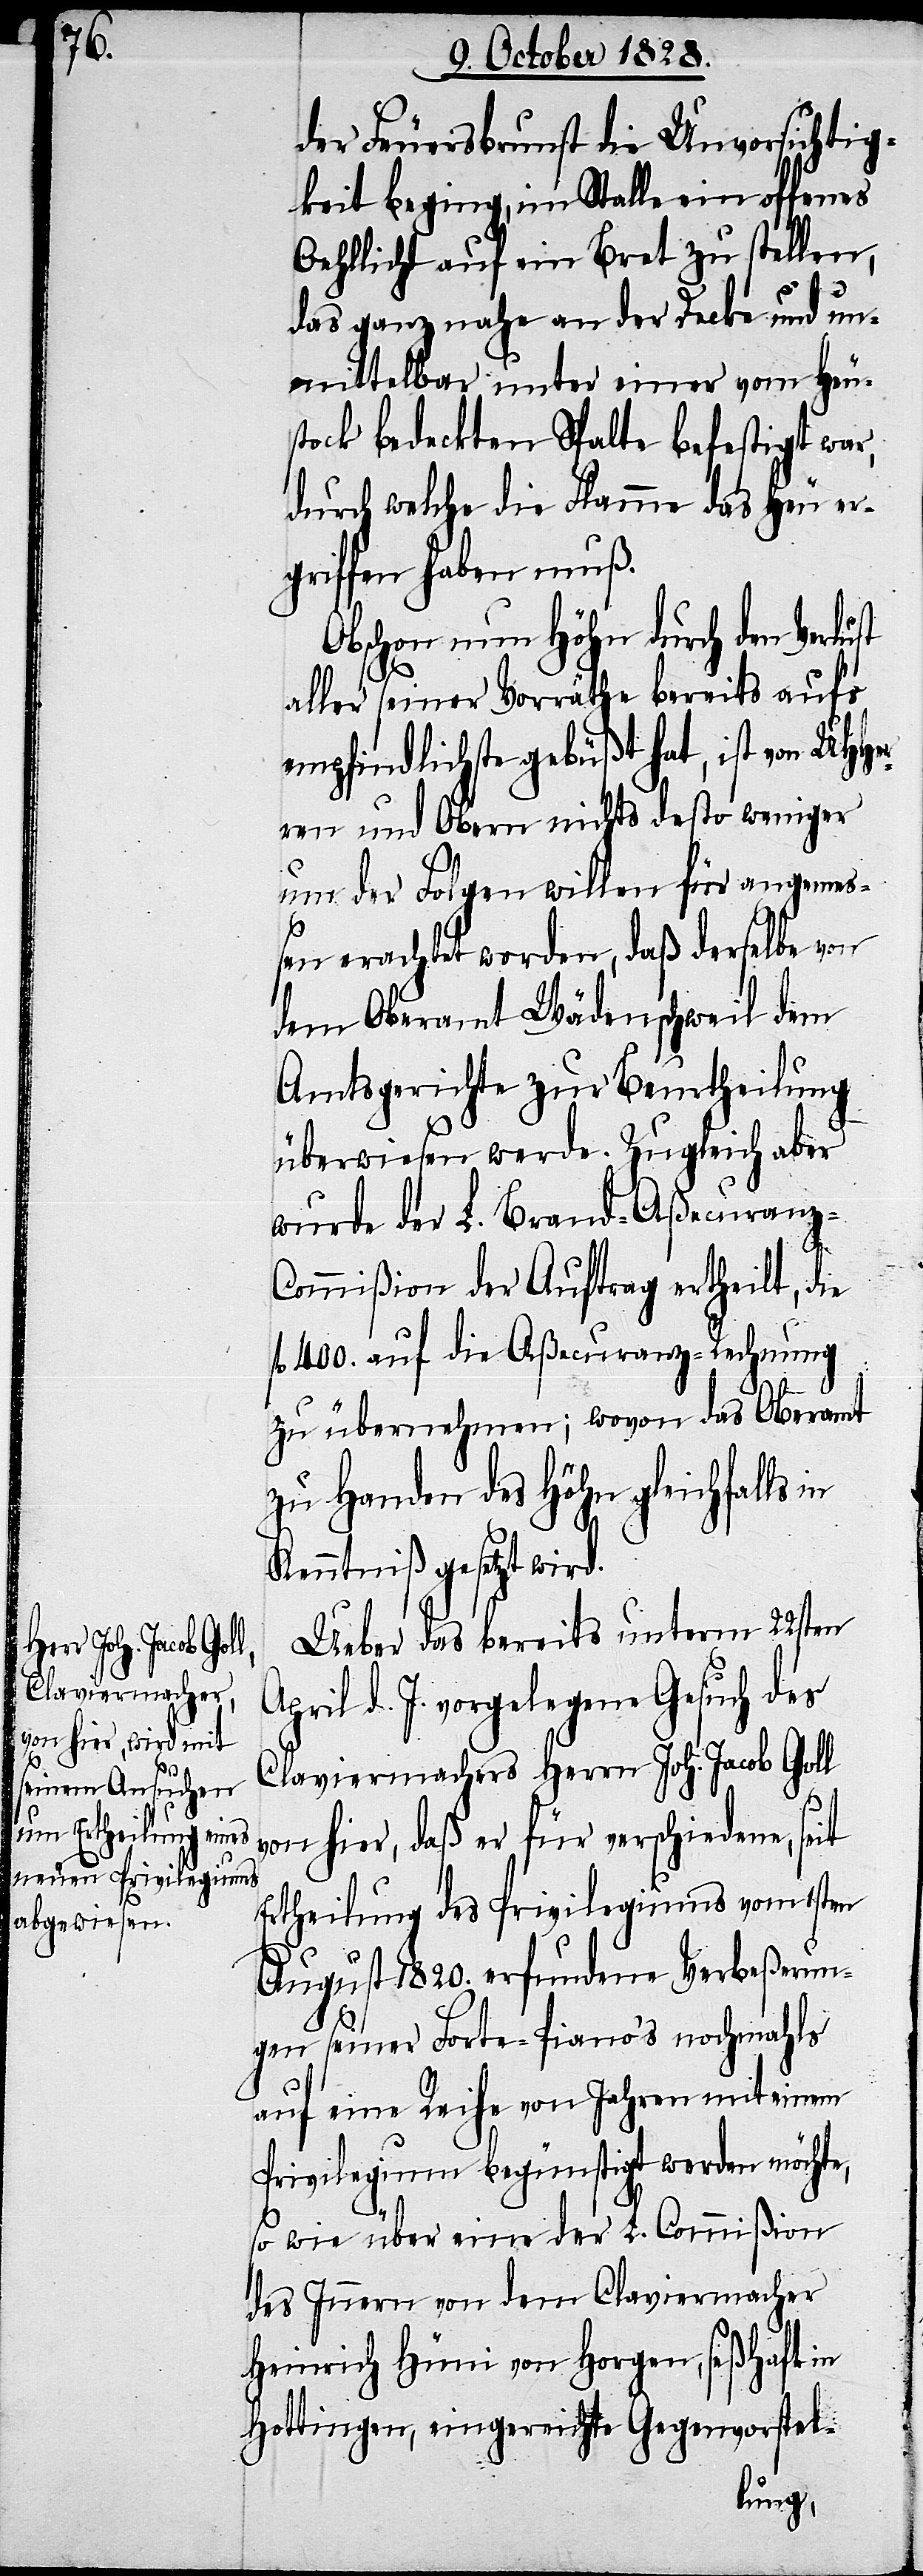
A¬

der Feuersbrunst die Unvorsichtig¬
keit beging, im Stalle ein offenes
Oehllicht auf ein Bret zu stellen,
das ganz nahe an der Decke und un¬
mittelbar unter einer vom Heu¬
stock bedeckten Spalte befestigt war,
durch welche die Flamme das Heu er¬
griffen haben muß.
Obschon nun Höhn durch den Verlust
aller seiner Vorräthe bereits aufs
empfindlichste gebüßt hat, ist von UHHe¬
rren und Obern nichts desto weniger
um der Folgen willen für angemeß¬
en erachtet worden, daß derselbe von
dem Oberamt Wädenschweil dem
Amtsgerichte zu Beurtheilung
überwiesen werde. Zugleich aber
wurde der L. Brand-Aßecuranz-C¬
ommißion der Auftrag ertheilt, die
fl. 400. auf die Aßecuranz-Rechnung
zu übernehmen; wovon das Oberamt
zu Handen des Höhn gleichfalls in
Kenntniß gesetzt wird.
Ueber das bereits unterm 22sten
pril d. J. vorgelegene Gesuch des
Claviermachers Herrn Joh. Jacob Goll
von hier, daß er für verschiedene, seit
Ertheilung des Privilegiums vom 1sten
August 1820. erfundene Verbeßerun¬
gen seiner Forte-Piano’s nochmahls
auf eine Reihe von Jahren mit einem
Privilegium begünstigt werden möchte,
so wie über eine der L. Commißion
des Innern von dem Claviermacher
Heinrich Hüni von Horgen, seßhaft in
Hottingen, eingereichte Gegenvorstel-